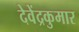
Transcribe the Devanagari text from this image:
देवेंद्रकुमार